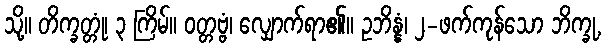
သို့။ တိက္ခတ္တုံ၊ ၃ ကြိမ်။ ဝတ္တဗ္ဗံ၊ လျှောက်ရာ၏။ ဥဘိန္နံ၊ ၂-ဖက်ကုန်သော ဘိက္ခု,